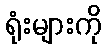
ရုံးများကို